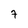
Character: 7